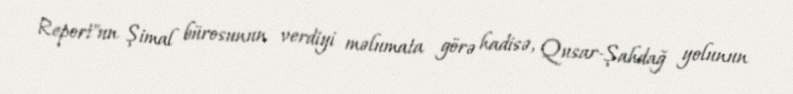
Report"un Şimal bürosunun verdiyi məlumata görə hadisə, Qusar-Şahdağ yolunun